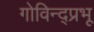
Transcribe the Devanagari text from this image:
गोविन्द्प्रभू